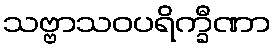
သဗ္ဗာသဝပရိက္ခီဏာ